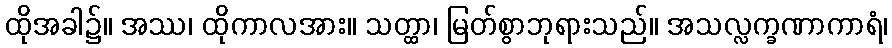
ထိုအခါ၌။ အဿ၊ ထိုကာလအား။ သတ္ထာ၊ မြတ်စွာဘုရားသည်။ အသလ္လက္ခဏာကာရံ၊